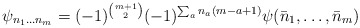
\begin{align*}\psi_{n_1\ldots n_m}=(-1)^{{m+1 \choose 2}}(-1)^{\sum_an_a(m-a+1)}\psi(\bar{n}_1,\ldots,\bar{n}_m)\end{align*}